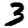
Digit: 3